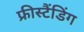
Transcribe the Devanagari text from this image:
फ्रीस्टैंडिंग